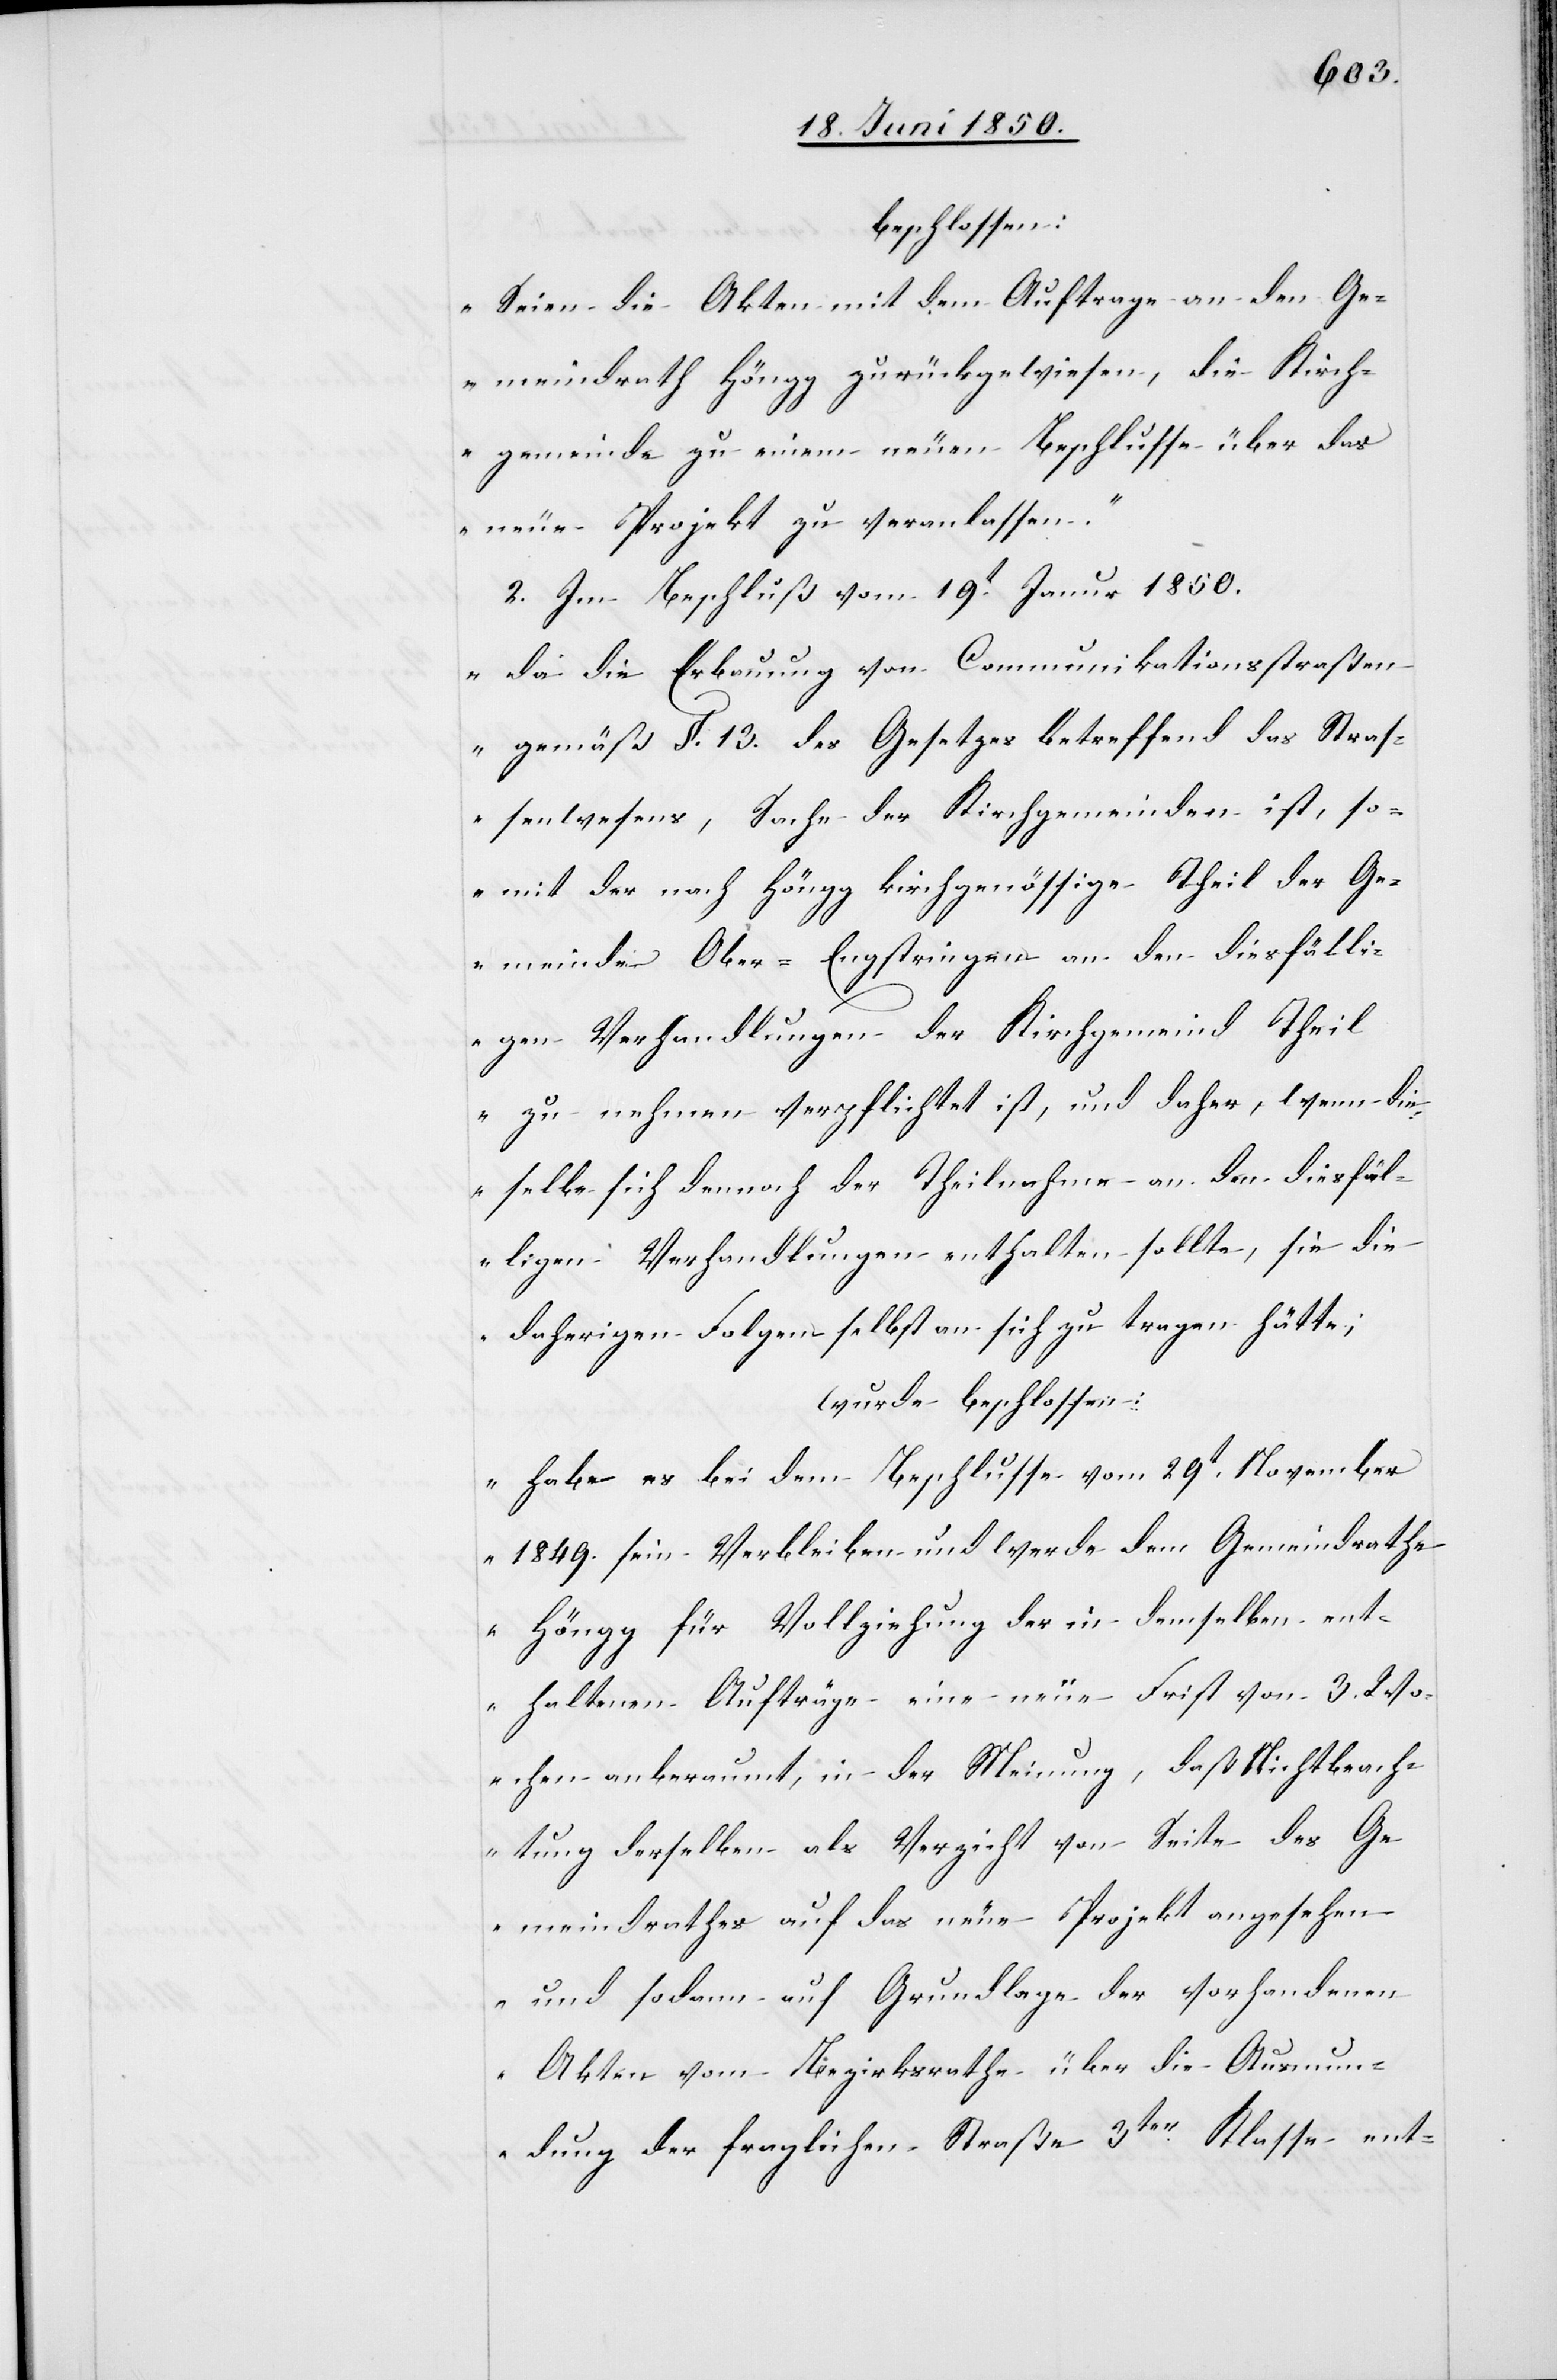
beschlossen:
Seien die Akten mit dem Auftrage an den Ge¬
meindrath Höngg zurückgewiesen, die Kirch¬
gemeinde zu einem neuen Beschlusse über das
neue Projekt zu veranlassen.“
2. Im Beschluß vom 19t Januar 1850.
„da die Erbauung von Communikationsstraßen
gemäß §. 13. des Gesetzes betreffend das Straß¬
enwesens [sic!], Sache der Kirchgemeinden ist, so¬
mit der nach Höngg krichgenössige Theil der Ge¬
meinde Ober-Engstringen an den diesfälli¬
gen Verhandlungen der Kirchgemeind Theil
zu nehmen verpflichtet ist, und daher, wenn die¬
selbe sich dennoch der Theilnahme an den diesfäl¬
ligen Verhandlungen enthalten sollte, sie die
daherigen Folgen selbst an sich zu tragen hätte;
wurde beschlossen:
habe es bei dem Beschlusse vom 29t November
1849. sein Verbleiben und werde dem Gemeindrathe
Höngg für Vollziehung der in demselben ent¬
haltenen Aufträge eine neue Frist von 3. Wo¬
chen anberaumt, in der Meinung, daß Nichtbeach¬
tung derselben als Verzicht von Seite des Ge¬
meindrathes auf das neue Projekt angesehen
und sodann auf Grundlage der vorhandenen
Akten vom Bezirksrathe über die Ausmun¬
dung der fraglichen Straße 3ter Klasse ent-